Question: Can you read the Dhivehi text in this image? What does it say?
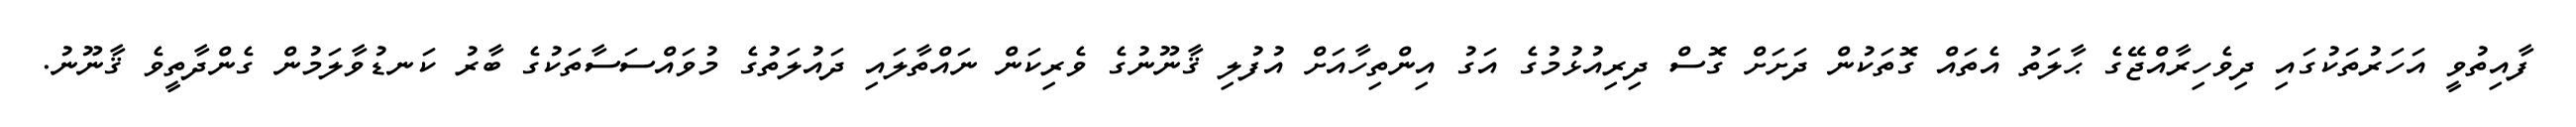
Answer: ފާއިތުވީ އަހަރުތަކުގައި ދިވެހިރާއްޖޭގެ ޙާލަތު އެތައް ގޮތަކުން ދަށަށް ގޮސް ދިރިއުޅުމުގެ އަގު އިންތިހާއަށް އުފުލި ޤާނޫނުގެ ވެރިކަން ނައްތާލައި ދައުލަތުގެ މުވައްސަސާތަކުގެ ބާރު ކަނޑުވާލަމުން ގެންދާތީވެ ޤާނޫނު.